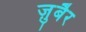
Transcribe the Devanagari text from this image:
जु़बैर